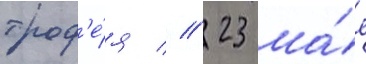
троф'е́я // 23 ма́я